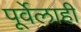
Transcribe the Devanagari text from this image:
पूर्वेलाही